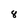
Character: 8